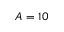
A = 1 0